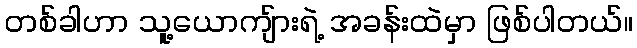
တစ်ခါဟာ သူ့ယောကျ်ားရဲ့ အခန်းထဲမှာ ဖြစ်ပါတယ်။